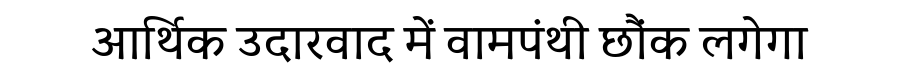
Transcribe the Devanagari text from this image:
आर्थिक उदारवाद में वामपंथी छौंक लगेगा